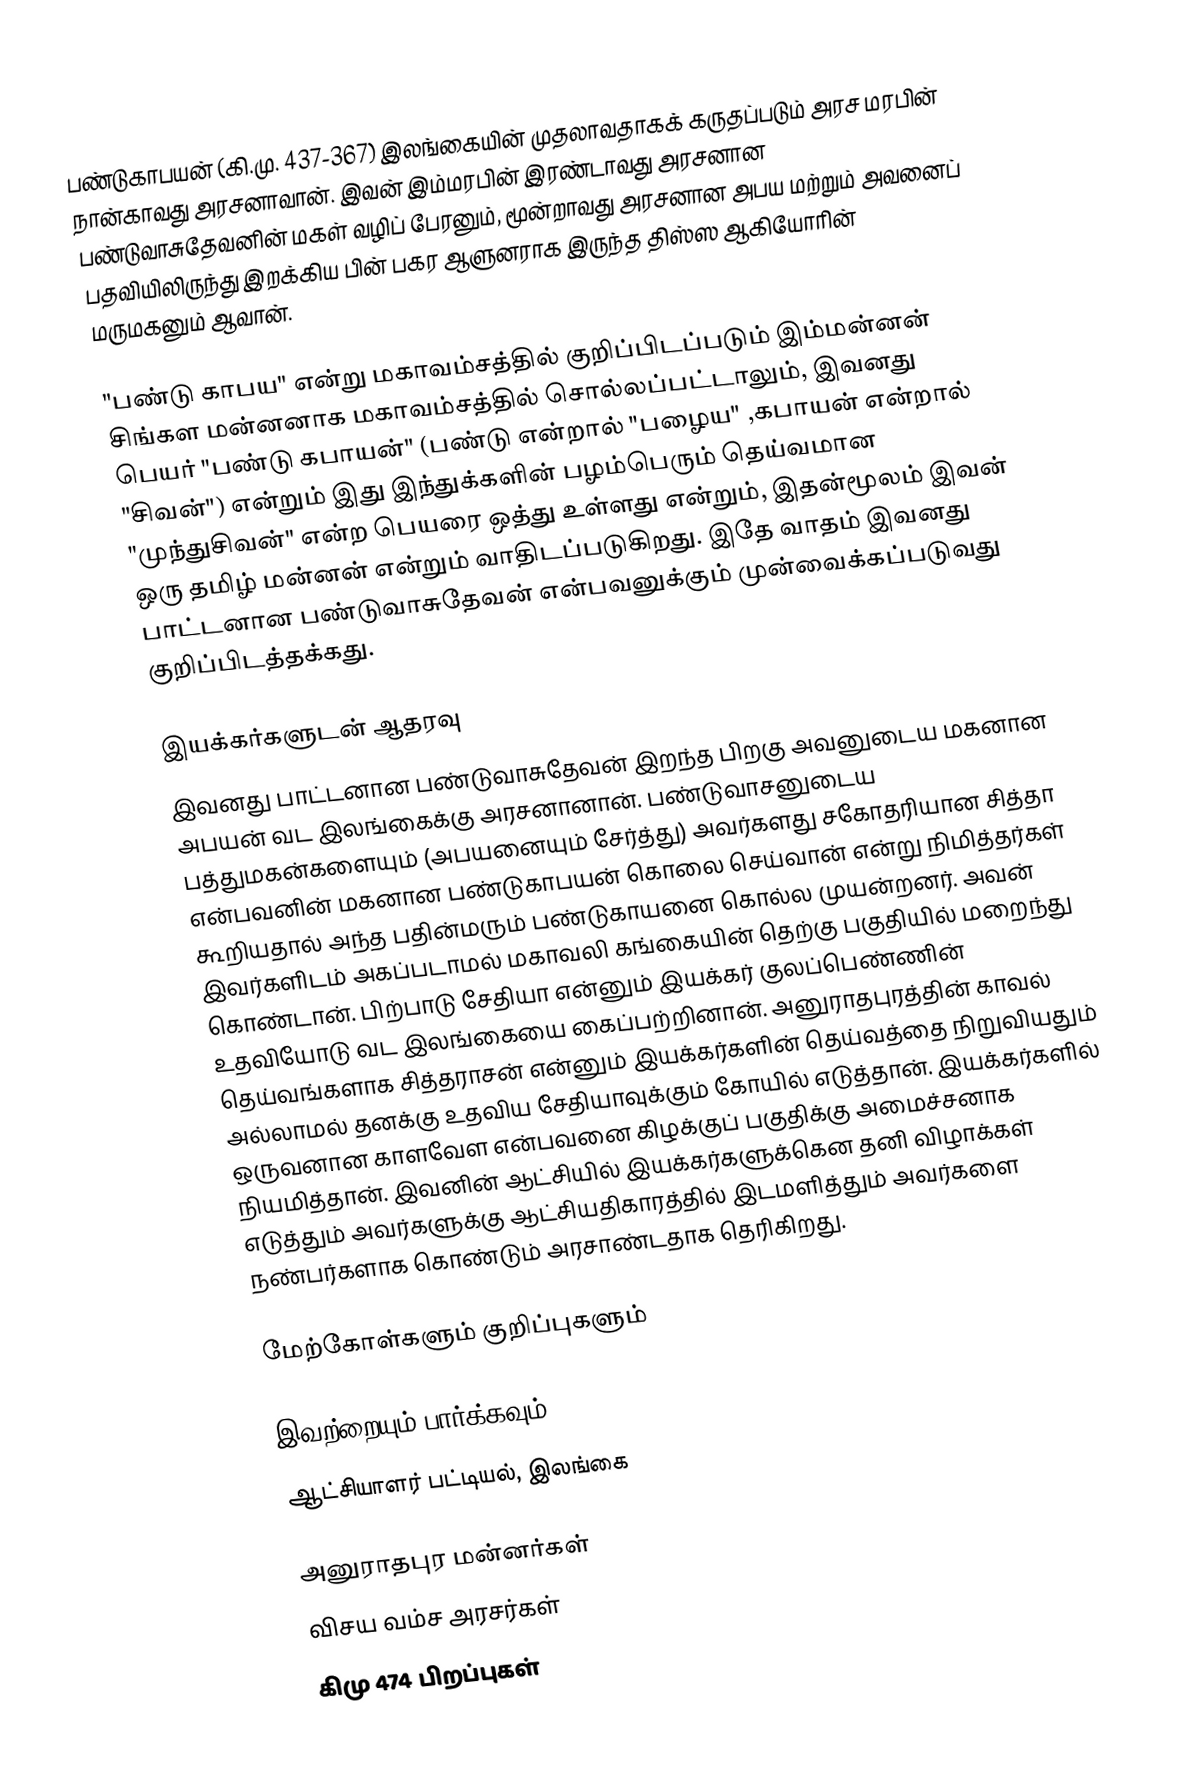
பண்டுகாபயன் (கி.மு. 437-367) இலங்கையின் முதலாவதாகக் கருதப்படும் அரச மரபின் நான்காவது அரசனாவான். இவன் இம்மரபின் இரண்டாவது அரசனான பண்டுவாசுதேவனின் மகள் வழிப் பேரனும், மூன்றாவது அரசனான அபய மற்றும் அவனைப் பதவியிலிருந்து இறக்கிய பின் பகர ஆளுனராக இருந்த திஸ்ஸ ஆகியோரின் மருமகனும் ஆவான்.

"பண்டு காபய" என்று மகாவம்சத்தில் குறிப்பிடப்படும் இம்மன்னன் சிங்கள மன்னனாக மகாவம்சத்தில் சொல்லப்பட்டாலும், இவனது பெயர் "பண்டு கபாயன்" (பண்டு என்றால் "பழைய" ,கபாயன் என்றால் "சிவன்") என்றும் இது இந்துக்களின் பழம்பெரும் தெய்வமான "முந்துசிவன்" என்ற பெயரை ஒத்து உள்ளது என்றும், இதன்மூலம் இவன் ஒரு தமிழ் மன்னன் என்றும் வாதிடப்படுகிறது. இதே வாதம் இவனது பாட்டனான பண்டுவாசுதேவன் என்பவனுக்கும் முன்வைக்கப்படுவது குறிப்பிடத்தக்கது.

இயக்கர்களுடன் ஆதரவு
இவனது பாட்டனான பண்டுவாசுதேவன் இறந்த பிறகு அவனுடைய மகனான அபயன் வட இலங்கைக்கு அரசனானான். பண்டுவாசனுடைய பத்துமகன்களையும் (அபயனையும் சேர்த்து) அவர்களது சகோதரியான சித்தா என்பவனின் மகனான பண்டுகாபயன் கொலை செய்வான் என்று நிமித்தர்கள் கூறியதால் அந்த பதின்மரும் பண்டுகாயனை கொல்ல முயன்றனர். அவன் இவர்களிடம் அகப்படாமல் மகாவலி கங்கையின் தெற்கு பகுதியில் மறைந்து கொண்டான். பிற்பாடு சேதியா என்னும் இயக்கர் குலப்பெண்ணின் உதவியோடு வட இலங்கையை கைப்பற்றினான். அனுராதபுரத்தின் காவல் தெய்வங்களாக சித்தராசன் என்னும் இயக்கர்களின் தெய்வத்தை நிறுவியதும் அல்லாமல் தனக்கு உதவிய சேதியாவுக்கும் கோயில் எடுத்தான். இயக்கர்களில் ஒருவனான காளவேள என்பவனை கிழக்குப் பகுதிக்கு அமைச்சனாக நியமித்தான். இவனின் ஆட்சியில் இயக்கர்களுக்கென தனி விழாக்கள் எடுத்தும் அவர்களுக்கு ஆட்சியதிகாரத்தில் இடமளித்தும் அவர்களை நண்பர்களாக கொண்டும் அரசாண்டதாக தெரிகிறது.

மேற்கோள்களும் குறிப்புகளும்

இவற்றையும் பார்க்கவும்
 ஆட்சியாளர் பட்டியல், இலங்கை

அனுராதபுர மன்னர்கள்
விசய வம்ச அரசர்கள்
கிமு 474 பிறப்புகள்